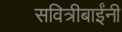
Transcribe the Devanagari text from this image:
सवित्रीबाईंनी